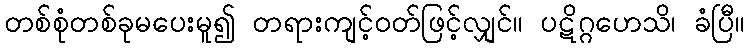
တစ်စုံတစ်ခုမပေးမူ၍ တရားကျင့်ဝတ်ဖြင့်လျှင်။ ပဋိဂ္ဂဟေသိ၊ ခံပြီ။